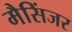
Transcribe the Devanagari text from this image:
मैसिंजर